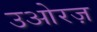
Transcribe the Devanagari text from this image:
उओरज़